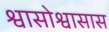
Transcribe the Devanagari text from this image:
श्वासोश्वासास